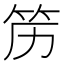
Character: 𱷰